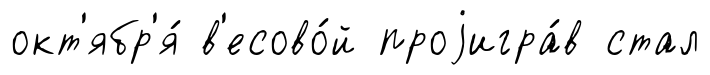
окт'ябр'я́ в'есово́й проjигра́в стал